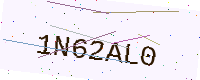
Text: 1N62AL0